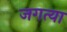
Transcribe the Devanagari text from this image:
जगत्या